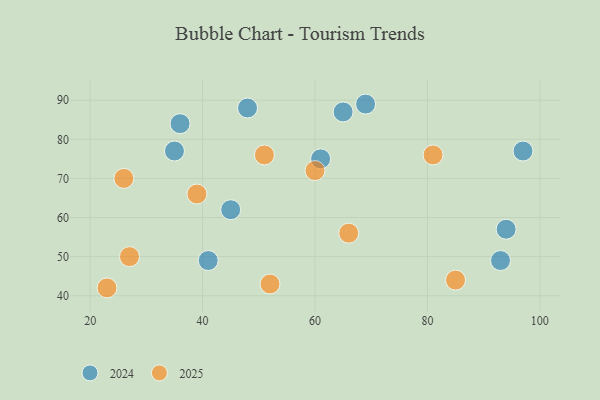
{"axis": {"x": "GDP", "y": "Life Expectancy"}, "legend": ["2024", "2025"], "data": [{"x": "36", "y": 84, "type": "2024"}, {"x": "97", "y": 77, "type": "2024"}, {"x": "61", "y": 75, "type": "2024"}, {"x": "45", "y": 62, "type": "2024"}, {"x": "94", "y": 57, "type": "2024"}, {"x": "69", "y": 89, "type": "2024"}, {"x": "35", "y": 77, "type": "2024"}, {"x": "93", "y": 49, "type": "2024"}, {"x": "65", "y": 87, "type": "2024"}, {"x": "41", "y": 49, "type": "2024"}, {"x": "48", "y": 88, "type": "2024"}, {"x": "23", "y": 42, "type": "2025"}, {"x": "85", "y": 44, "type": "2025"}, {"x": "66", "y": 56, "type": "2025"}, {"x": "52", "y": 43, "type": "2025"}, {"x": "26", "y": 70, "type": "2025"}, {"x": "39", "y": 66, "type": "2025"}, {"x": "27", "y": 50, "type": "2025"}, {"x": "51", "y": 76, "type": "2025"}, {"x": "60", "y": 72, "type": "2025"}, {"x": "81", "y": 76, "type": "2025"}]}